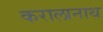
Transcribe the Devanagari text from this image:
करालानाथ